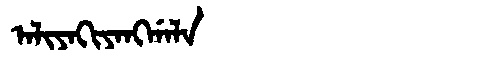
Manchu: ᠠᠯᡳᠶᠠᡴᡳᠶᠠᠩᡤᠠᠯᠠ
Romanization: ALIYAKIYANGGALA